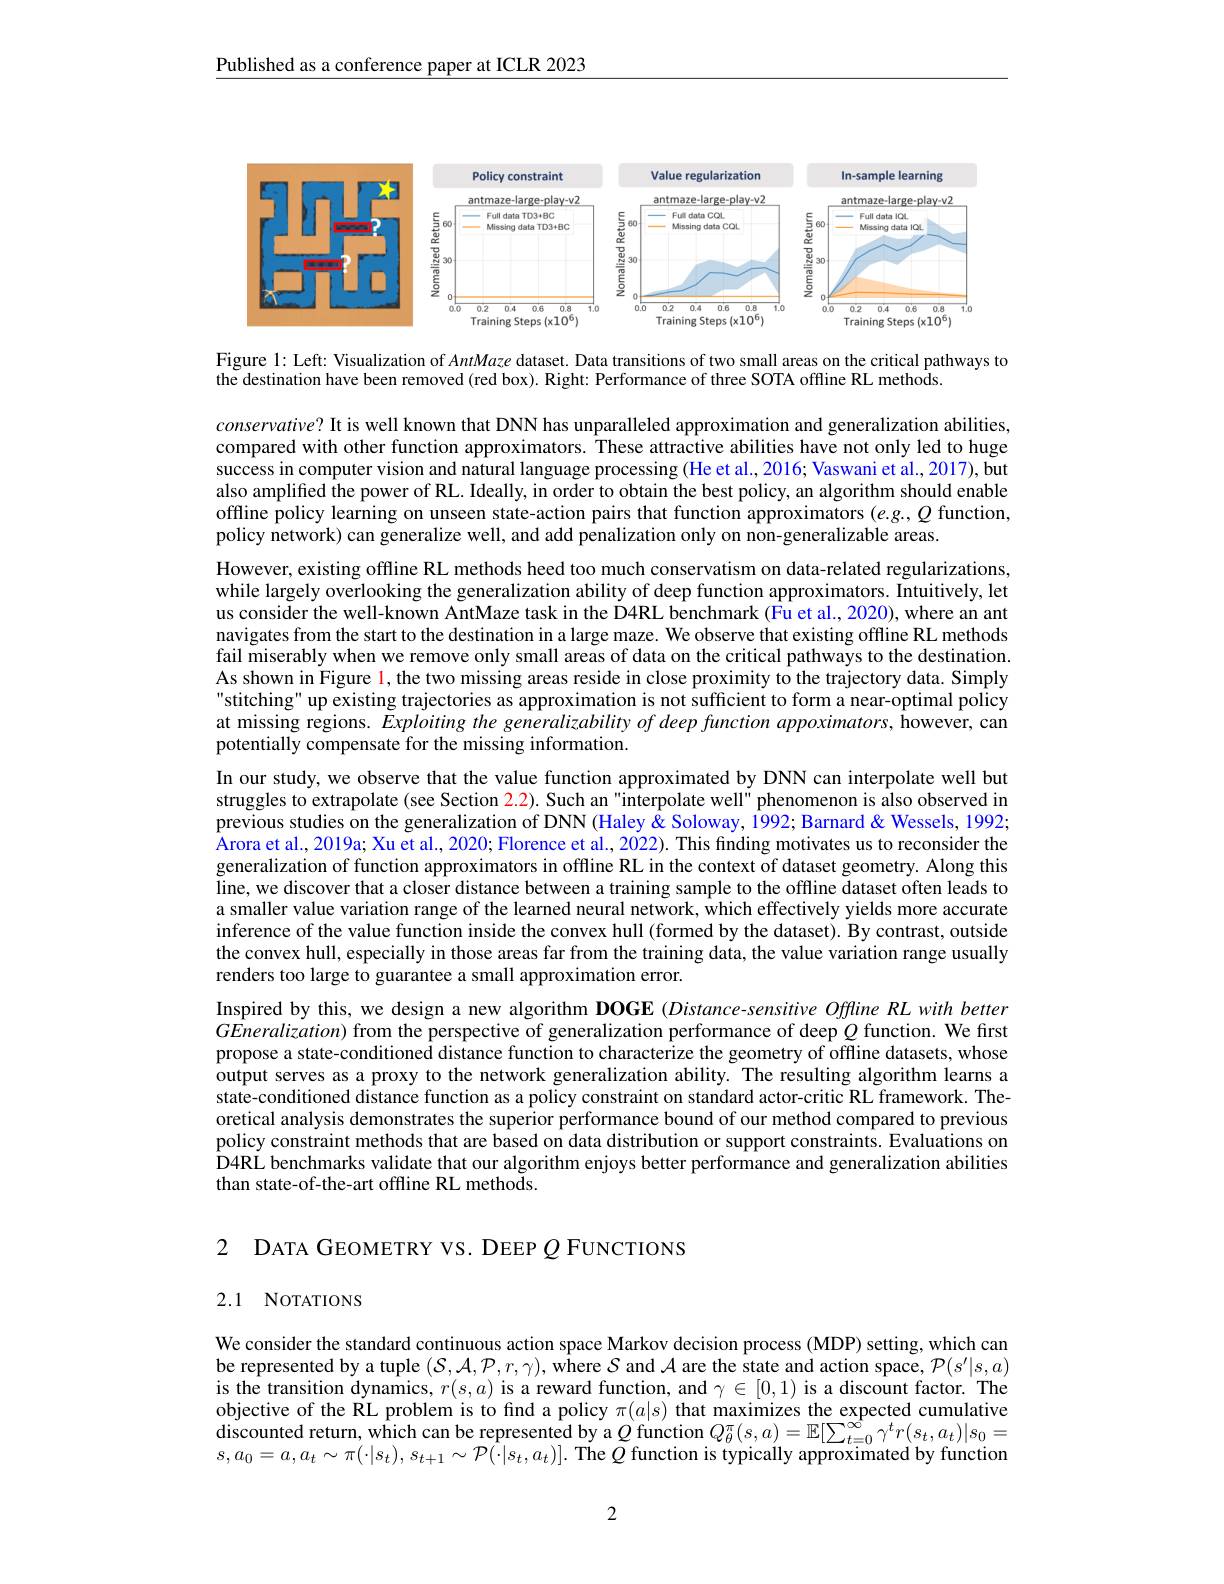
Published as a conference paper at ICLR 2023

<FigureHere>

Figure l: Left: Visualization of AntMaze dataset. Data transitions of two small areas on the critical pathways to
the destination have been removed (red box). Right: Performance of three SOTA offline RL methods.

$conservative?$ It is well known that DNN has unparalleled approximation and generalization abilities, compared with other function approximators. These attractive abilities have not only led to huge success in computer vision and natural language processing (He et al., 2016; Vaswani et al., 2017), but also amplified the power of RL. Ideally, in order to obtain the best policy, an algorithm should enable offline policy learning on unseen state-action pairs that function approximators $(e.g.,Q$ function, policy network) can generalize well, and add penalization only on non-generalizable areas.

However, existing offline RL methods heed too much conservatism on data-related regularizations, while largely overlooking the generalization ability of deep function approximators. Intuitively, let us consider the well-known AntMaze task in the D4RL benchmark (Fû et al., 2020), where an ant navigates from the start to the destination in a large maze. We observe that existing offline RL methods fail miserably when we remove only small areas of data on the critical pathways to the destination. As shown in Figure l, the two missing areas reside in close proximity to the trajectory data. Simply stitching" up existing trajectories as approximation is not sufficient to form a near-optimal policy at missing regions. Exploiting the generalizability of deep function appoximators, however, can potentially compensate for the missing information.
In our study, we observe that the value function approximated by DNN can interpolate well but struggles to extrapolate (see Section 2.2). Such an"interpolate well" phenomenon is also observed in previous studies on the generalization of DNN (Haley & Soloway, 1992; Barnard & Wessels, 1992; Arora et al., 2019a; Xu et al., 2020; Florence et al., 2022). This finding motivates us to reconsider the generalization of function approximators in offline RL in the context of dataset geometry. Along this line, we discover that a closer distance between a training sample to the offline dataset often leads to a smaller value variation range of the learned neural network, $\hat{\text{whicheffectively yieldsmore accurate}}$ inference of the value function inside the convex hull (formed by the dataset). By contrast, outside the convex hull, especially in those areas far from the training data, the value variation range usually renders too large to guarantee a small approximation error.
Inspired by this, we design a new algorithm DOGE (Distance-sensitive Offline RL with better $GEneralization)$ from the perspective of generalization performance of deep $Q$ function. We first propose a state-conditioned distance function to characterize the geometry of offline datasets, whose output serves as a proxy to the network generalization ability. The resulting algorithm learns a state-conditioned distance function as a policy constraint on standard actor-critic RL framework. Theoretical analysis demonstrates the superior performance bound of our method compared to previous policy constraint methods that are based on data distribution or support constraints. Evaluations on D4RL benchmarks validate that our algorithm enjoys better performance and generalization abilities than state-of-the-art offline RL methods.

2 DATA GEOMETRY VS. DEEP $\varrho$ FUNCTIONS

## 2.1 NoTATIONS

We consider the standard continuous action space Markov decision process (MDP) setting, which can be represented by a tuple $( \mathcal{S} , \mathcal{A} , \mathcal{P} , r, \gamma ) $,where $\mathcal{S}$ and $\mathcal{A}$ are the state and action space, $\mathcal{P}(s^\prime|s,a)$ is the transition dynamics, $r(s,a)$ is a reward function, and $\gamma\in[0,1)$ is a discount factor. The objective of the RL problem is to find a policy $\pi(a|s)$ that maximizes the expected cumulative discounted return, which can be represented by a $Q$ function $Q_\theta^\pi(s,a)=\mathbb{E}[\sum_{t=0}^{\infty}\gamma^tr(s_t,a_t)|s_0=$ $s,a_0=a,a_t\sim\pi(\cdot|s_t),s_{t+1}\sim\mathcal{P}(\cdot|s_t,a_t)].$ The $Q$ function is typically approximated by function

2